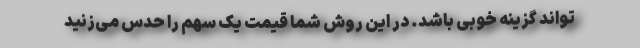
‌تواند گزینه خوبی باشد. در این روش شما قیمت یک سهم را حدس می‌زنید